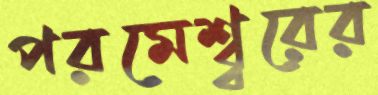
পরমেশ্ব্বরের